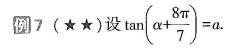
例7 (★★)设$$\tan (α + \frac { 8 π } { 7 } ) = a$$.